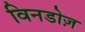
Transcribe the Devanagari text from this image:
विनडोज़